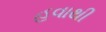
હવાથી